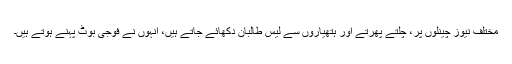
مختلف نیوز چینلوں پر، چلتے پھرتے اور ہتھیاروں سے لیس طالبان دِکھائے جاتے ہیں، انہوں نے فوجی بُوٹ پہنے ہوتے ہیں۔